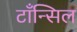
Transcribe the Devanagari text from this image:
टाँन्सिल